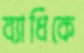
ব্যাধিকে